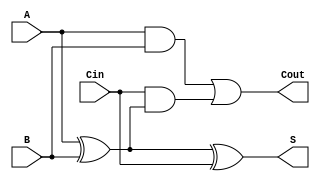
module full_adder (
    input  wire A,    // First input bit
    input  wire B,    // Second input bit
    input  wire Cin,  // Carry-in bit
    output wire S,    // Sum output
    output wire Cout   // Carry-out output
);

// Sum calculation
assign S = A ^ B ^ Cin;

// Carry-out calculation
assign Cout = (A & B) | (Cin & (A ^ B));

endmodule